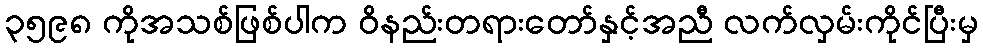
၃၅၉၈ ကိုအသစ်ဖြစ်ပါက ဝိနည်းတရားတော်နှင့်အညီ လက်လှမ်းကိုင်ပြီးမှ